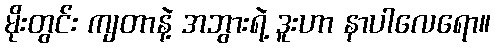
မိုးတွင်း ကျတာနဲ့ အဘွားရဲ့ ဒူးဟာ နာပါလေရော။